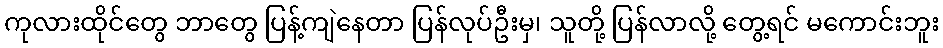
ကုလားထိုင်တွေ ဘာတွေ ပြန့်ကျဲနေတာ ပြန်လုပ်ဦးမှ၊ သူတို့ ပြန်လာလို့ တွေ့ရင် မကောင်းဘူး